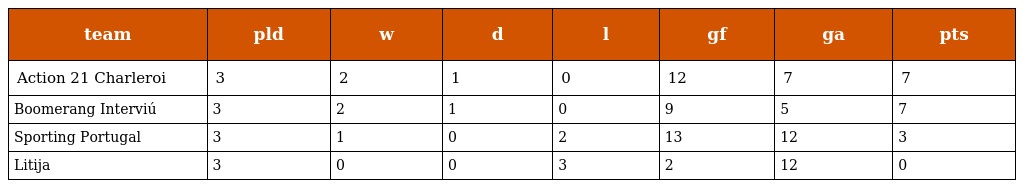
| team | pld | w | d | l | gf | ga | pts |
 | --- | --- | --- | --- | --- | --- | --- | --- |
 | Action 21 Charleroi | 3 | 2 | 1 | 0 | 12 | 7 | 7 |
 | Boomerang Interviú | 3 | 2 | 1 | 0 | 9 | 5 | 7 |
 | Sporting Portugal | 3 | 1 | 0 | 2 | 13 | 12 | 3 |
 | Litija | 3 | 0 | 0 | 3 | 2 | 12 | 0 |